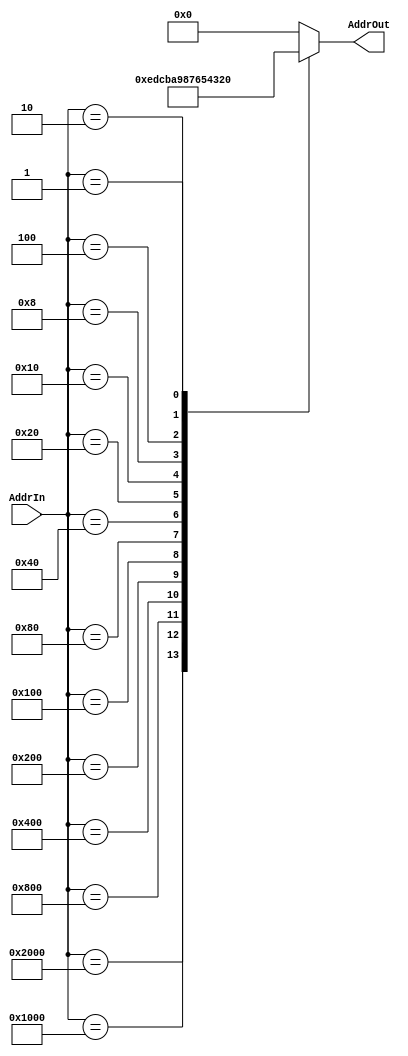
`timescale 1ns / 1ps
//////////////////////////////////////////////////////////////////////////////////
// Company: 
// Engineer: 
// 
// Design Name: 
// Module Name: addressEncoder
// Project Name: 
// Target Devices: 
// Tool Versions: 
// Description: 
// 
// Dependencies: 
// 
// Revision:
// Revision 0.01 - File Created
// Additional Comments:
// 
//////////////////////////////////////////////////////////////////////////////////

module AddressEncoder(AddrIn, AddrOut);

input [14:0] AddrIn;
output reg [3:0] AddrOut;

always @(AddrIn)begin
case(AddrIn)
        15'b100_0000_0000_0000 : AddrOut = 0;
        15'b010_0000_0000_0000 : AddrOut = 14;
        15'b001_0000_0000_0000 : AddrOut = 13;
        15'b000_1000_0000_0000 : AddrOut = 12;
        15'b000_0100_0000_0000 : AddrOut = 11;
        15'b000_0010_0000_0000 : AddrOut = 10;
        15'b000_0001_0000_0000 : AddrOut = 9;
        15'b000_0000_1000_0000 : AddrOut = 8;
        15'b000_0000_0100_0000 : AddrOut = 7;
        15'b000_0000_0010_0000 : AddrOut = 6;
        15'b000_0000_0001_0000 : AddrOut = 5;
        15'b000_0000_0000_1000 : AddrOut = 4;
        15'b000_0000_0000_0100 : AddrOut = 3;
        15'b000_0000_0000_0010 : AddrOut = 2;
        15'b000_0000_0000_0001 : AddrOut = 1;
        default : AddrOut = 0;
endcase
end
endmodule